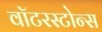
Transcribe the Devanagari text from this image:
वॉटरस्टोन्स